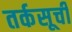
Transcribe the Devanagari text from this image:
तर्कसूची